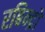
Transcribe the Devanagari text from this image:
रबिन्द्रो